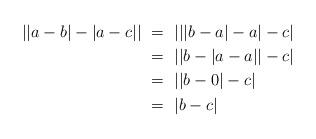
LaTeX: \begin{align*}\left\vert\left\vert a-b\right\vert-\left\vert a-c\right\vert\right\vert & \,\,=\,\, \left\vert\left\vert\left\vert b-a\right\vert -a\right\vert-c\right\vert \\& \,\,=\,\, \left\vert\left\vert b-\left\vert a-a\right\vert\right\vert-c\right\vert \\& \,\,=\,\, \left\vert \left\vert b-0\right\vert -c\right\vert \\& \,\,=\,\, \left\vert b-c\right\vert \end{align*}